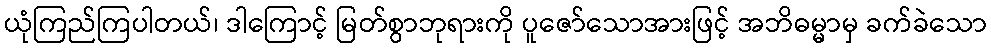
ယုံကြည်ကြပါတယ်၊ ဒါကြောင့် မြတ်စွာဘုရားကို ပူဇော်သောအားဖြင့် အဘိဓမ္မာမှ ခက်ခဲသော